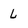
Character: L